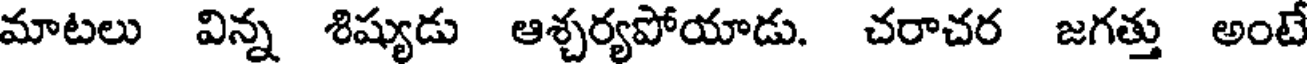
మాటలు విన్న శిష్యుడు ఆశ్చర్యపోయాడు. చరాచర జగత్తు అంటే